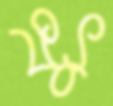
ফুৎ